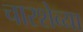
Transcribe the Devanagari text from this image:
चारशेव्या